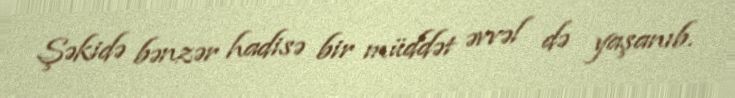
Şəkidə bənzər hadisə bir müddət əvvəl də yaşanıb.